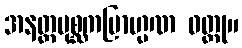
အနတ္တပုစ္ဆကဗြာဟ္မဏ ဝတ္ထု။